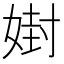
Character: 𪦇